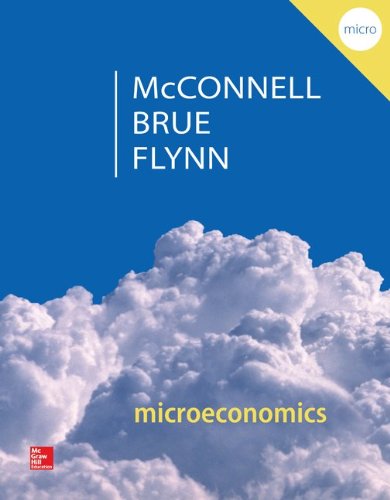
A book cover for Microeconomics: Principles, Problems, & Policies (McGraw-Hill Series in Economics); Campbell McConnell; Business & Money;